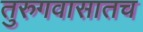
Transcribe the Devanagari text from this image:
तुरुगवासातच